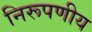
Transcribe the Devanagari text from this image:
निरूपणीय